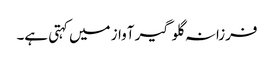
فرزانہ گلوگیر آواز میں کہتی ہے۔